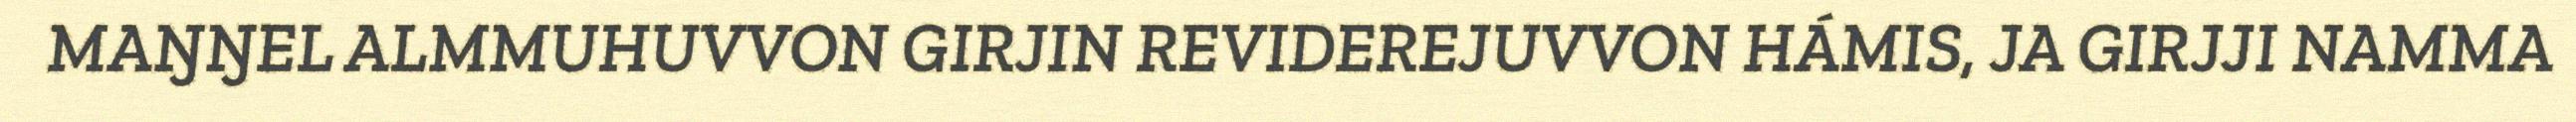
MAŊŊEL ALMMUHUVVON GIRJIN REVIDEREJUVVON HÁMIS, JA GIRJJI NAMMA